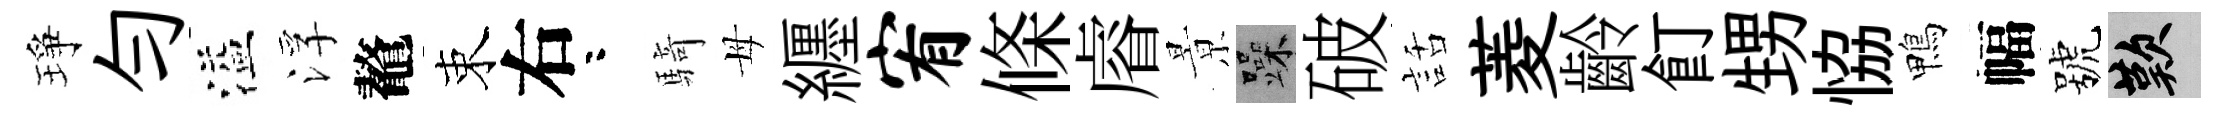
琤勻溢浮鼇束右咯騎母纒宥條𥈠㬌躁破話菱齡飣甥恊鴨幅號嘆